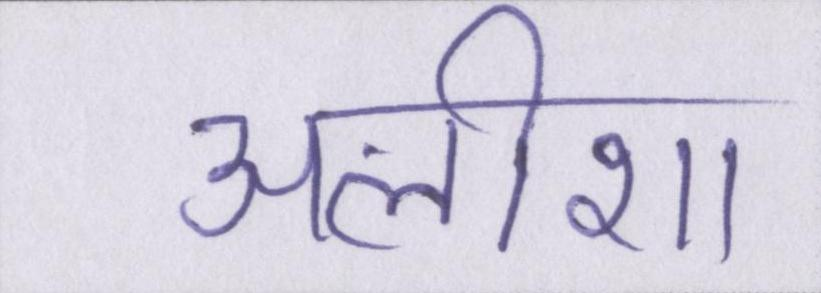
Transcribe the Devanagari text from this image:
अलीशा